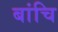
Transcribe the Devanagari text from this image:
बांचि